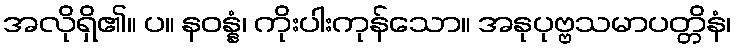
အလိုရှိ၏။ ပ။ နဝန္နံ၊ ကိုးပါးကုန်သော။ အနုပုဗ္ဗသမာပတ္တိနံ၊